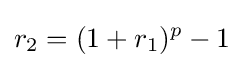
r_{2}=(1+r_{1})^{p}-1